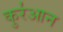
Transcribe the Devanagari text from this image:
कुर॑आन